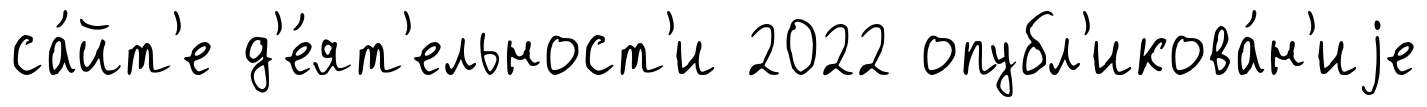
са́йт'е д'е́ят'ельност'и 2022 опубл'икова́н'иjе